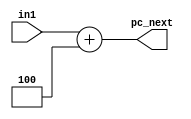
module add_4 #(parameter WIDTH = 32)(
    input wire  [WIDTH-1:0] in1,
    output wire [WIDTH-1:0] pc_next
);

assign pc_next = in1 +4;

endmodule